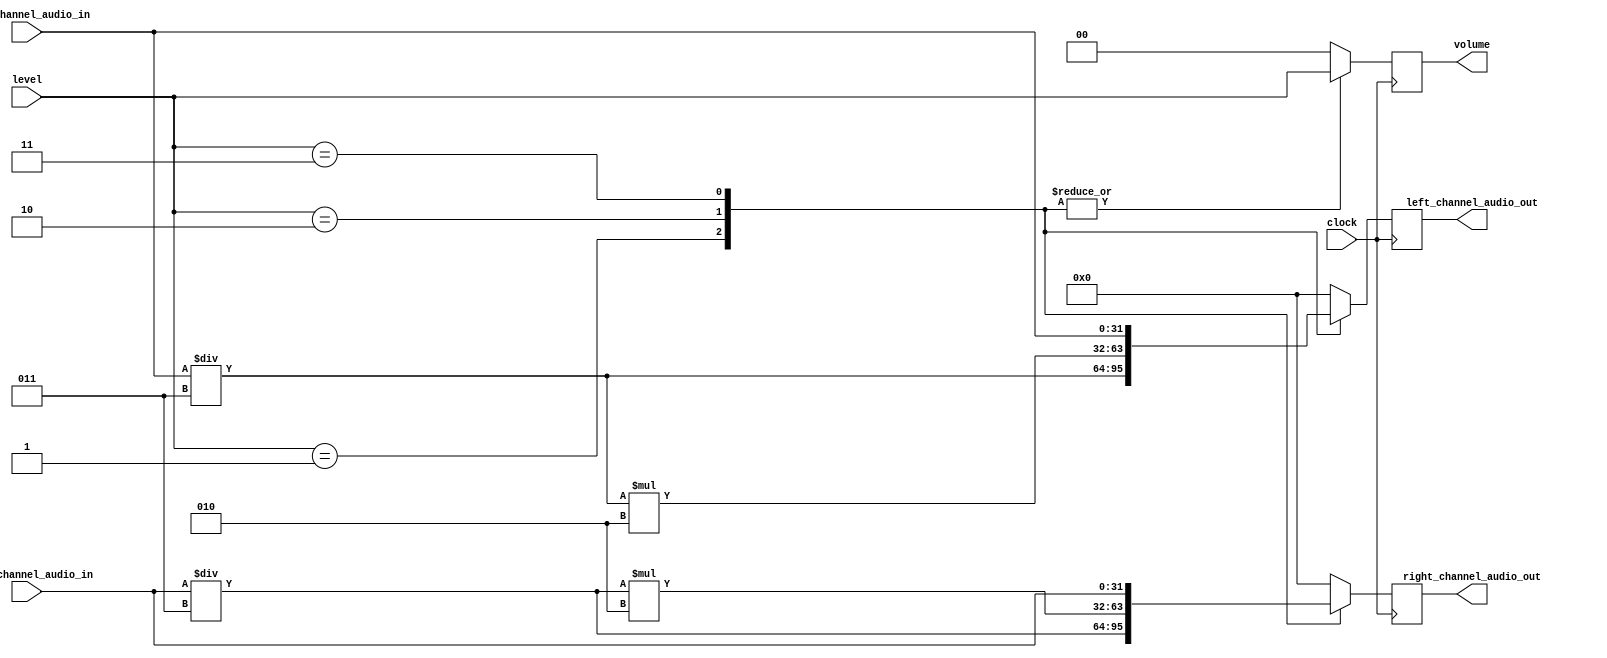
// Assuming volume can be affected by dividing audio in by what's wanted
module AudioVolume(
	// Input
	left_channel_audio_in,
	right_channel_audio_in,
	level, // 2 bits
	clock,

	// Outputs
	left_channel_audio_out,
	right_channel_audio_out,
	volume
);

	input [31:0] left_channel_audio_in;
	input [31:0] right_channel_audio_in;
	input [1:0] level;
	input clock;

	output reg [31:0] left_channel_audio_out;
	output reg [31:0] right_channel_audio_out;
	output reg [1:0] volume;

	always@(posedge clock)
	begin
		case(level)
			2'b01: begin
				// 33% volume
				left_channel_audio_out = $unsigned($signed(left_channel_audio_in) / $signed(32'd3));
				right_channel_audio_out = $unsigned($signed(right_channel_audio_in) / $signed(32'd3));
				volume = level;
			end
			2'b10: begin
				// 66% volume
				left_channel_audio_out = $unsigned($signed(left_channel_audio_in) / $signed(32'd3) * $signed(32'd2));
				right_channel_audio_out = $unsigned($signed(right_channel_audio_in) / $signed(32'd3) * $signed(32'd2));
				volume = level;
			end
			2'b11: begin
				// Full volume
				left_channel_audio_out = left_channel_audio_in;
				right_channel_audio_out = right_channel_audio_in;
				volume = level;
			end
			default: begin
				// No volume
				left_channel_audio_out = 32'b0;
				right_channel_audio_out = 32'b0;
				volume = 2'b00;
			end
		endcase
	end
	
endmodule